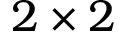
2 \times 2